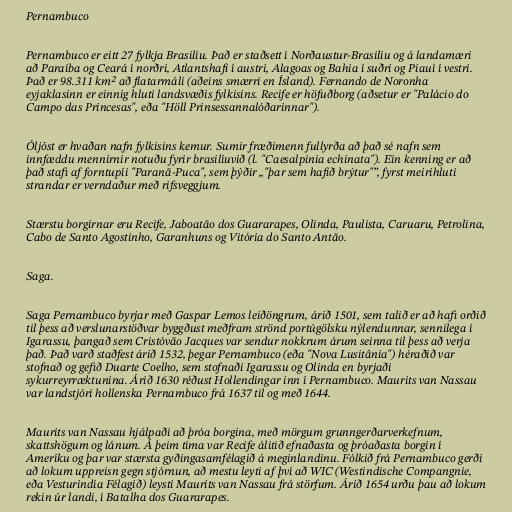
Pernambuco

Pernambuco er eitt 27 fylkja Brasilíu. Það er staðsett í Norðaustur-Brasilíu og á landamæri
að Paraíba og Ceará í norðri, Atlantshafi í austri, Alagoas og Bahia í suðri og Piauí í vestri.
Það er 98.311 km² að flatarmáli (aðeins smærri en Ísland). Fernando de Noronha
eyjaklasinn er einnig hluti landsvæðis fylkisins. Recife er höfuðborg (aðsetur er "Palácio do
Campo das Princesas", eða "Höll Prinsessannalóðarinnar").

Óljóst er hvaðan nafn fylkisins kemur. Sumir fræðimenn fullyrða að það sé nafn sem
innfæddu mennirnir notuðu fyrir brasilíuvið (l. "Caesalpinia echinata"). Ein kenning er að
það stafi af forntupíi "Paranã-Puca", sem þýðir „"þar sem hafið brýtur"”, fyrst meirihluti
strandar er verndaður með rifsveggjum.

Stærstu borgirnar eru Recife, Jaboatão dos Guararapes, Olinda, Paulista, Caruaru, Petrolina,
Cabo de Santo Agostinho, Garanhuns og Vitória do Santo Antão.

Saga.

Saga Pernambuco byrjar með Gaspar Lemos leiðöngrum, árið 1501, sem talið er að hafi orðið
til þess að verslunarstöðvar byggðust meðfram strönd portúgölsku nýlendunnar, sennilega í
Igarassu, þangað sem Cristóvão Jacques var sendur nokkrum árum seinna til þess að verja
það. Það varð staðfest árið 1532, þegar Pernambuco (eða "Nova Lusitânia") héraðið var
stofnað og gefið Duarte Coelho, sem stofnaði Igarassu og Olinda en byrjaði
sykurreyrræktunina. Árið 1630 réðust Hollendingar inn í Pernambuco. Maurits van Nassau
var landstjóri hollenska Pernambuco frá 1637 til og með 1644.

Maurits van Nassau hjálpaði að þróa borgina, með mörgum grunngerðarverkefnum,
skattshögum og lánum. Á þeim tíma var Recife álitið efnaðasta og þróaðasta borgin í
Ameríku og þar var stærsta gyðingasamfélagið á meginlandinu. Fólkið frá Pernambuco gerði
að lokum uppreisn gegn stjórnun, að mestu leyti af því að WIC (Westindische Compangnie,
eða Vesturindía Félagið) leysti Maurits van Nassau frá störfum. Árið 1654 urðu þau að lokum
rekin úr landi, í Batalha dos Guararapes.